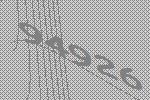
94926